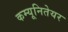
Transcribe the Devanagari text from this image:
कम्यूनितेयर